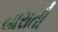
બારાતી